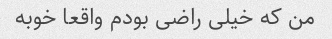
من که خیلی راضی بودم واقعا خوبه